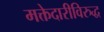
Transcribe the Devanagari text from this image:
मक्तेदारीविरुद्ध